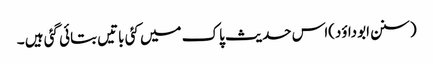
(سنن ابوداؤد)اس حدیث پاک میں کئی باتیں بتائی گئی ہیں ۔